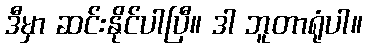
ဒီမှာ ဆင်းနိုင်ပါပြီ။ ဒါ ဘူတာရုံပါ။